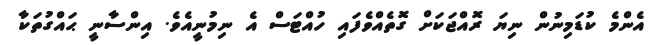
އެންމެ ކުޑަމިނުން ނިޔަ ރޮއްޖަކަށް ގޮތެއްވެފައި ހުއްޓަސް އެ ނިމުނީއެވެ. އިންސާނީ ޙައްގުތަކާ